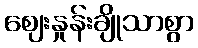
ဈေးနှုန်းချိုသာစွာ